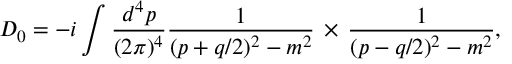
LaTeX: D _ { 0 } = - i \int { \frac { d ^ { 4 } p } { ( 2 \pi ) ^ { 4 } } } { \frac { 1 } { ( p + q / 2 ) ^ { 2 } - m ^ { 2 } } } \, \times \, { \frac { 1 } { ( p - q / 2 ) ^ { 2 } - m ^ { 2 } } } ,